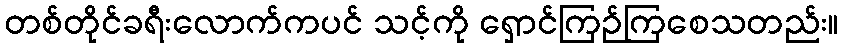
တစ်တိုင်ခရီးလောက်ကပင် သင့်ကို ရှောင်ကြဉ်ကြစေသတည်း။